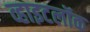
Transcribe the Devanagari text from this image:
व्हाइटलॉक